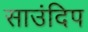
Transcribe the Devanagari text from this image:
साउंदिप